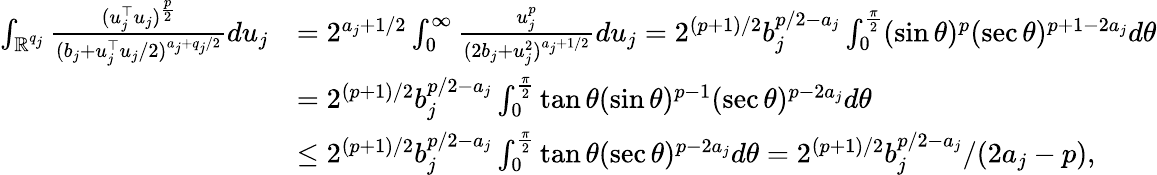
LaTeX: \begin{array}{rl}{\int_{\mathbb{R}^{q_{j}}}\frac{(u_{j}^{\top}u_{j})^{\frac{p}{2}}}{(b_{j}+u_{j}^{\top}u_{j}/2)^{a_{j}+q_{j}/2}}du_{j}}&{=2^{a_{j}+1/2}\int_{0}^{\infty}\frac{u_{j}^{p}}{(2b_{j}+u_{j}^{2})^{a_{j}+1/2}}du_{j}=2^{(p+1)/2}b_{j}^{p/2-a_{j}}\int_{0}^{\frac{\pi}{2}}(\sin\theta)^{p}(\sec\theta)^{p+1-2a_{j}}d\theta}\\ &{=2^{(p+1)/2}b_{j}^{p/2-a_{j}}\int_{0}^{\frac{\pi}{2}}\tan\theta(\sin\theta)^{p-1}(\sec\theta)^{p-2a_{j}}d\theta}\\ &{\le 2^{(p+1)/2}b_{j}^{p/2-a_{j}}\int_{0}^{\frac{\pi}{2}}\tan\theta(\sec\theta)^{p-2a_{j}}d\theta=2^{(p+1)/2}b_{j}^{p/2-a_{j}}/(2a_{j}-p),}\end{array}